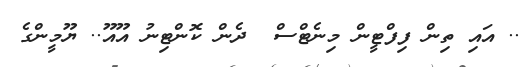
.. އައި ތިން ފިފްޓީން މިނެޓްސް  ދެން ކޮންޓިނު އޫއޫ.. ޔޫމީންގެ